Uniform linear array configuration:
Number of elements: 64
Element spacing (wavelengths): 0.25
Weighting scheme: hamming
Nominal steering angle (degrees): -60
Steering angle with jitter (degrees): -61.366
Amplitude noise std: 0.05
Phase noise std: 0.05

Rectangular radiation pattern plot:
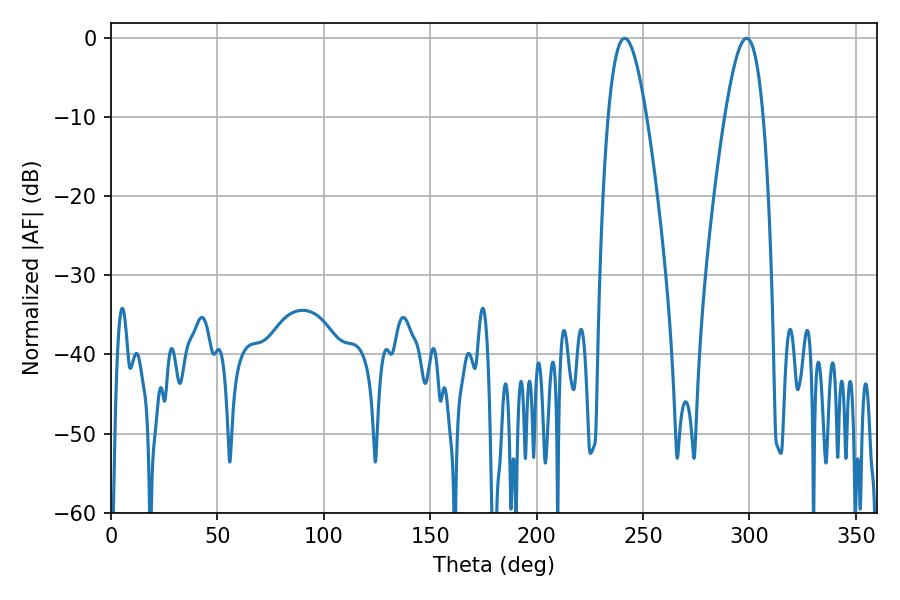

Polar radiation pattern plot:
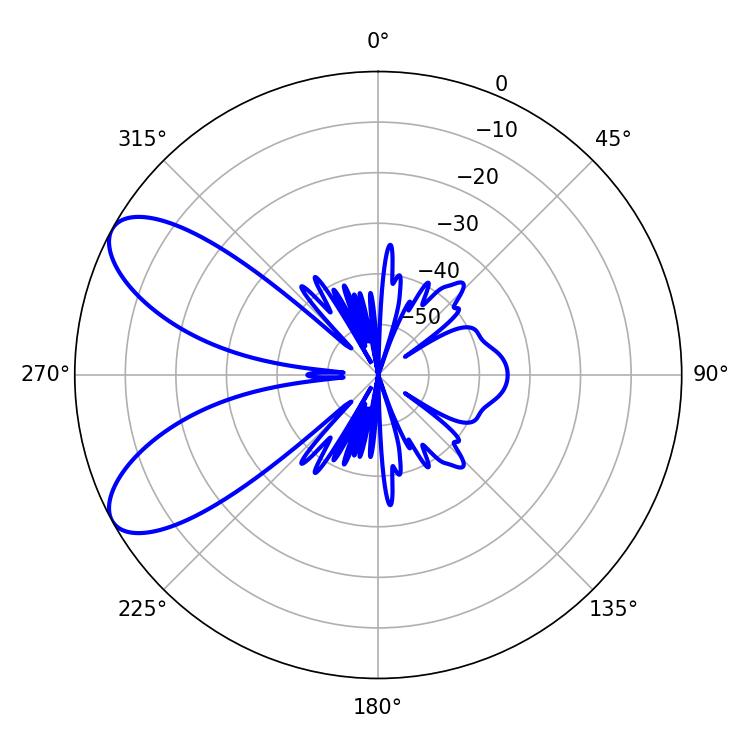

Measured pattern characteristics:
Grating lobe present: FALSE
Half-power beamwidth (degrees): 9.72
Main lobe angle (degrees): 241.38